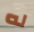
له